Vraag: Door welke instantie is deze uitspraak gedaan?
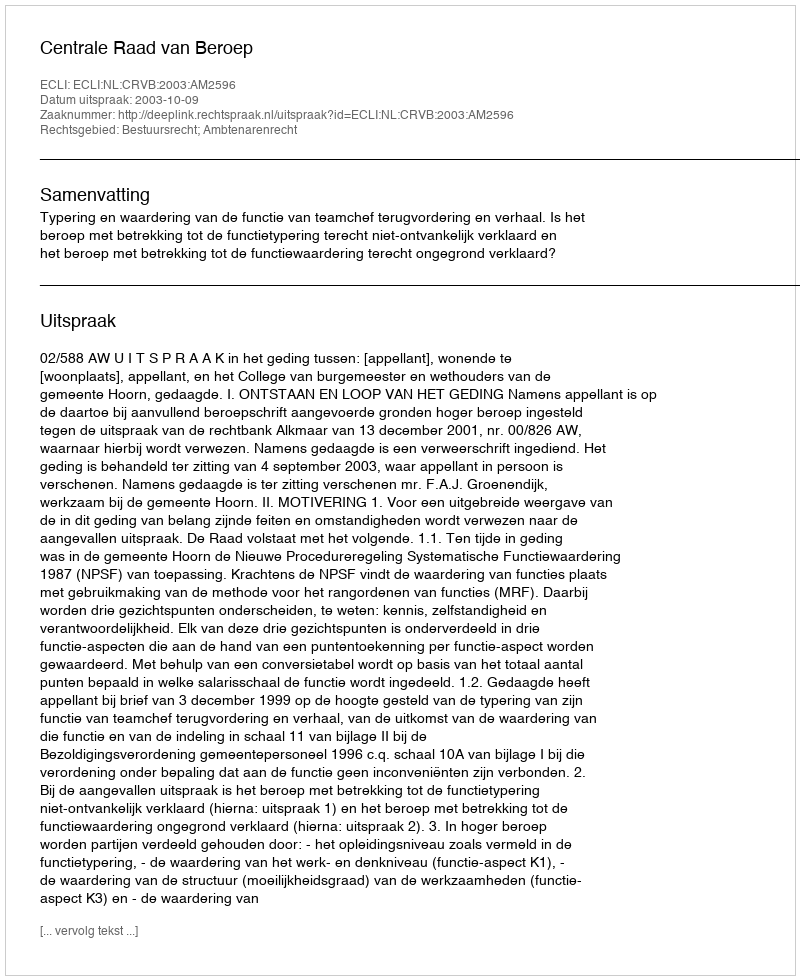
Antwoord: Centrale Raad van Beroep